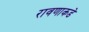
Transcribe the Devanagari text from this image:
रावणाकडे